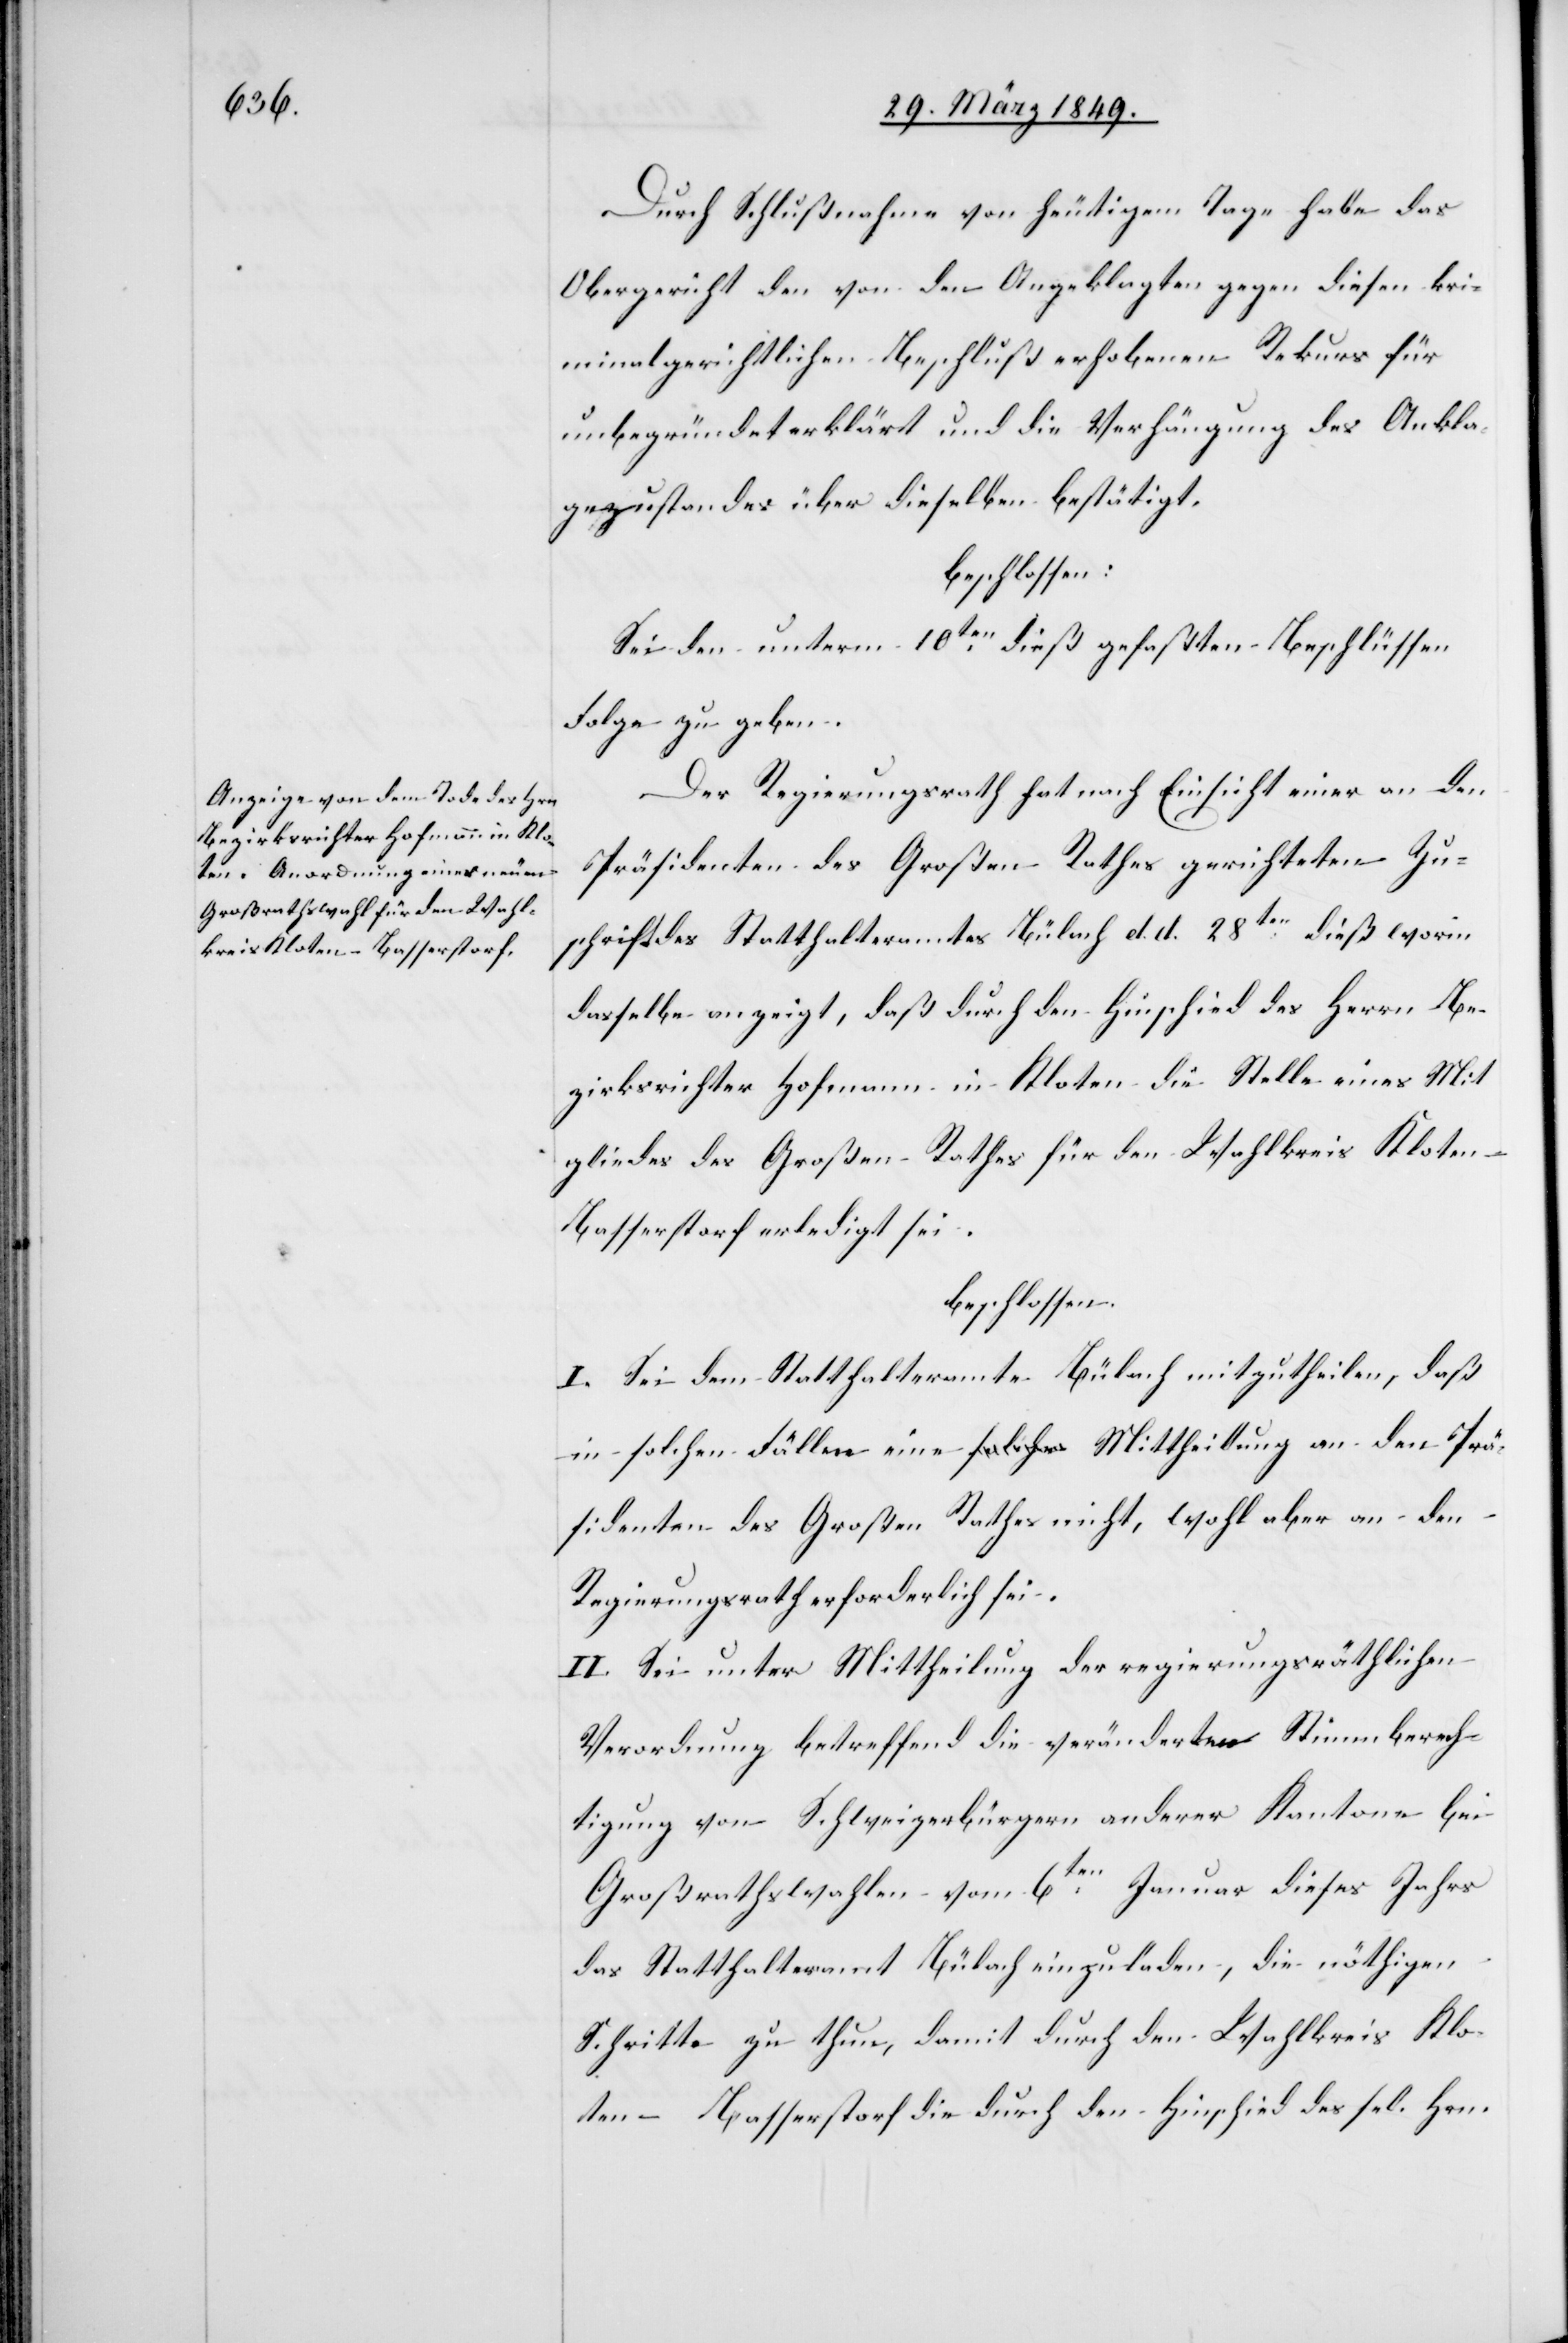
Durch Schlußnahme von heutigem Tage habe das
Obergericht den von den Angeklagten gegen diesen kri¬
minalgerichtlichen Beschluß erhobenen Rekurs für
unbegründet erklärt und die Verhängung des Ankla¬
gezustandes über dieselben bestätigt.
beschlossen:
Sei den unterm 10ten. dieß gefaßten Beschlüssen
Folge zu geben.
Der Regierungsrath hat nach Einsicht einer an den
Präsidenten des Großen Rathes gerichteten Zu¬
schrift des Statthalteramtes Bülach d. d. 28ten. dieß worin
dasselbe anzeigt, daß durch den Hinschied des Herrn Be¬
zirksrichter Hofmann in Kloten die Stelle eines Mit¬
gliedes des Großen Rathes für den Wahlkreis Klote¬
n-Basserstorf erledigt sei.
beschlossen:
I. Sei dem Statthalteramte Bülach mitzutheilen, daß
in solchen Fällen eine Mittheilung an den Prä¬
sidenten des Großen Rathes nicht, wohl aber an den
Regierungsrath erforderlich sei.
II. Sei unter Mittheilung der regierungsräthlichen
Verordnung betreffend die veränderte Stimmberech¬
tigung von Schweizerbürgern anderer Kantone bei
Großrathswahlen vom 6ten. Januar dieses Jahrs
das Statthalteramt Bülach einzuladen, die nöthigen
Schritte zu thun, damit durch den Wahlkreis Klo¬
ten-Basserstorf die durch den Hinschied des sel. Hrn.